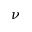
\nu